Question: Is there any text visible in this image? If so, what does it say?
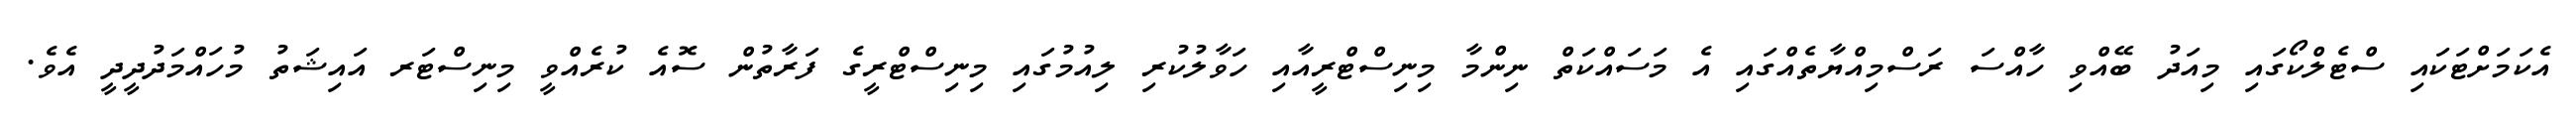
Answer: އެކަމަށްޓަކައި ސްޓެލްކޯގައި މިއަދު ބޭއްވި ހާއްސަ ރަސްމިއްޔާތެއްގައި އެ މަސައްކަތް ނިންމާ މިނިސްޓްރީއާއި ހަވާލުކުރި ލިއުމުގައި މިނިސްޓްރީގެ ފަރާތުން ސޮއެ ކުރެއްވީ މިނިސްޓަރ އައިޝަތު މުހައްމަދުދީދީ އެވެ.